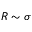
R \sim \sigma